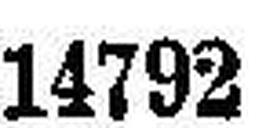
14792